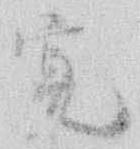
寛